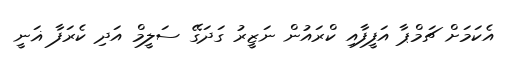
އެކަމަށް ޗަމްޕާ އަފީފާއި ކްރައުން ނަޒީރު ގަަދަގޭ ސަލީމް އަދި ކެރަފާ ޣަނީ